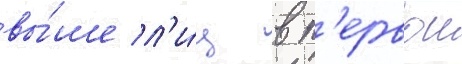
вы́ше л'и́ц в п'ервои